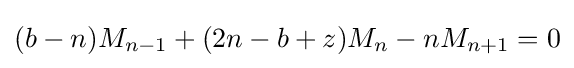
(b-n)M_{n-1}+(2n-b+z)M_{n}-nM_{n+1}=0